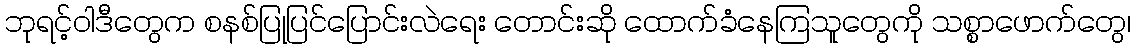
ဘုရင့်ဝါဒီတွေက စနစ်ပြုပြင်ပြောင်းလဲရေး တောင်းဆို ထောက်ခံနေကြသူတွေကို သစ္စာဖောက်တွေ၊